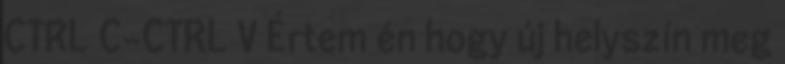
CTRL C-CTRL V Értem én hogy új helyszín meg